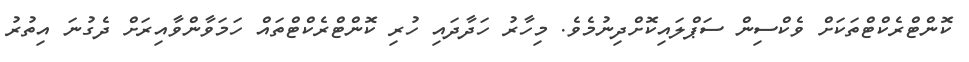
ކޮންޓްރެކްޓްތަކަށް ވެކްސިން ސަޕްލައިކޮށްދިނުމެވެ. މިހާރު ހަދާދައި ހުރި ކޮންޓްރެކްޓްތައް ހަމަވާންވާއިރަށް ދެގުނަ އިތުރު